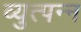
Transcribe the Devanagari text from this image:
व्युत्पन्‍न